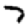
Digit: 7